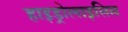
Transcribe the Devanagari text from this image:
हाइड्रोलाइसिस